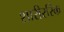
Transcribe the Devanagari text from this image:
शारीररिक